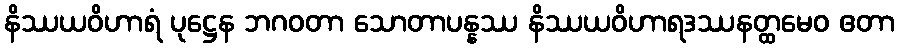
နိဿယဝိဟာရံ ပုဋ္ဌေန ဘဂဝတာ သောတာပန္နဿ နိဿယဝိဟာရဒဿနတ္ထမေဝ ဧတာ